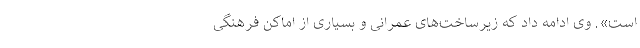
است». وی ادامه داد که زیرساخت‌های عمرانی و بسیاری از اماکن فرهنگی